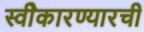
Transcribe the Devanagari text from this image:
स्वीेकारण्यारची